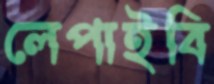
লেপাইবি